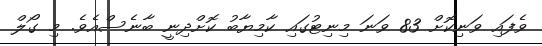
ވެފައި ވަނިކޮށް 83 ވަނަ މިނިޓުގައި ކާމިޔާބު ކޮށްދިނީ ބާނެސްއެވެ. މި ގޯލް